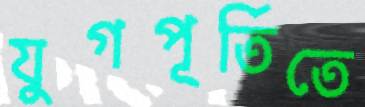
যুগপূর্তিতে